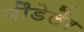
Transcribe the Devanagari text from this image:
बौडेलैर